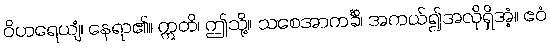
ဝိဟရေယျံ၊ နေရာ၏။ ဣတိ၊ ဤသို့။ သစေအာကင်္ခိ၊ အကယ်၍အလိုရှိအံ့။ ဧဝံ